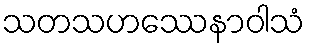
သတသဟဿေနာဝါသံ